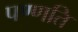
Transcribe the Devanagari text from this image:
पण्णति